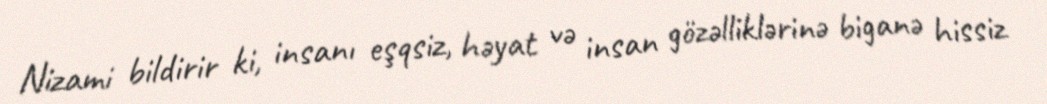
Nizami bildirir ki, insanı eşqsiz, həyat və insan gözəlliklərinə biganə hissiz